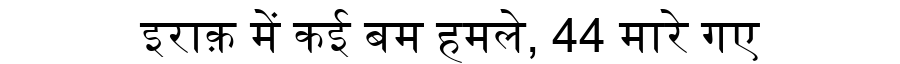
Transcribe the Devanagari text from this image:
इराक़ में कई बम हमले, 44 मारे गए